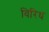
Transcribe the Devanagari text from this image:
विरिध